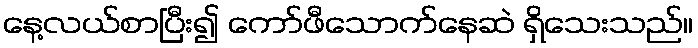
နေ့လယ်စာပြီး၍ ကော်ဖီသောက်နေဆဲ ရှိသေးသည်။